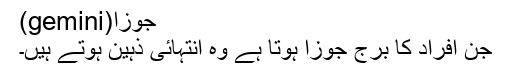
جوزا(gemini)
جن افراد کا برج جوزا ہوتا ہے وہ انتہائی ذہین ہوتے ہیں۔